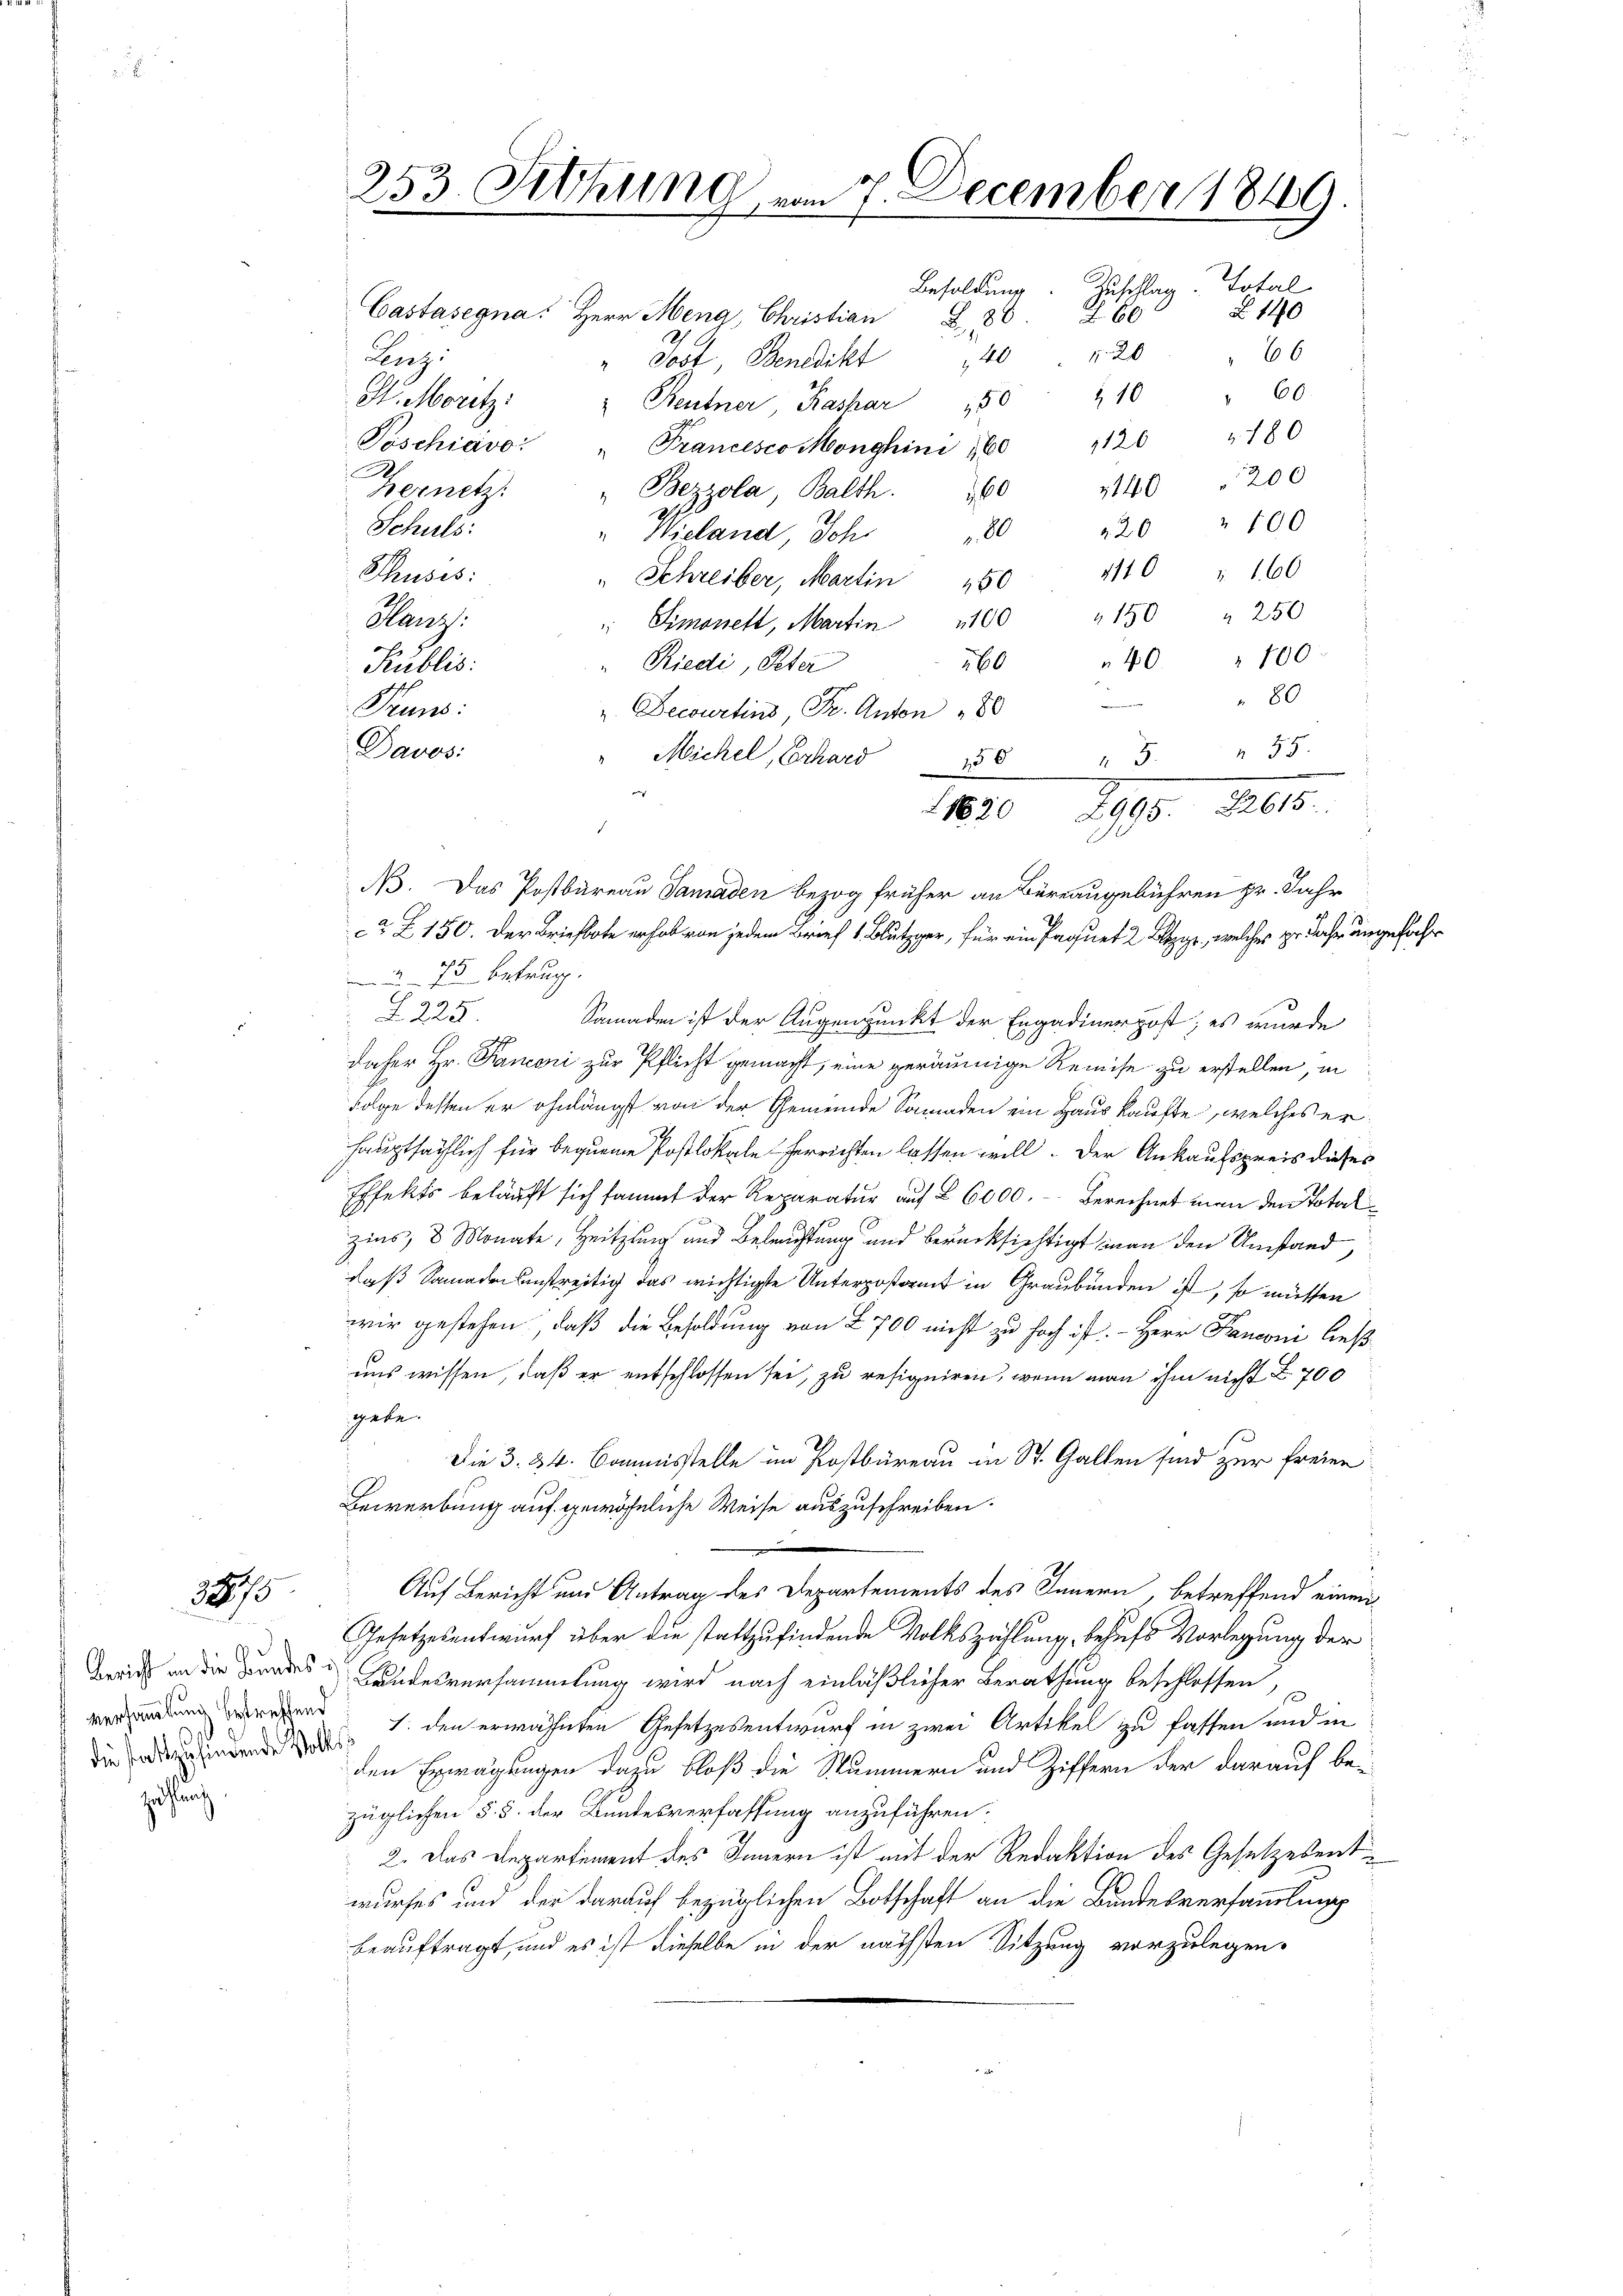
zuslang

3075

die stattzufindende Volks¬

253. Fettung, vom 7. December 1849.
Besoldung. Zuschlag Total
Z 140
Castasegna, Herr Meng, Christian Z. 80. 260

" Jost, Benedikt
Kentner Rashar
.
" Francesco Monghini 160
i
"Bezzola, Balth. 160
". Wieland, Joh. 120
1110 " 160
Chuses:
" Schreiber, Martin 150
Hanz:
 Simonett, Martin 100 " 150 " 250
40 " 100
"Riedi, Peter
560
Publis:
80
Pruns:
". Decurtins, Dr. Anton 180
Davos:
n 55.
Michel, Erhard 158
5.
273 betrug.
5
A. 225.
Somaden ist der Augenpunkt der Engadiner post, es wurde
daher Hr. Kanoni zur Pflicht gemacht, eine geräumige Reise zu erstellen, in
Folge dessen er ohnlängst von der Gemeinde Sonnaden ein Hauskaufte, welches erhauptsächlich für bequeme Postlokale herrichten lassen will. Der Ankaufspreis dieses
Effekts beläuft sich sammt der Reparatur auf § 6000. Berechnet man den Totalzins, 3 Monate, Heitzung und Beleichtung und berücksichtigt man den Umstand,
daß Samaden Anstreitig das wichtigte Unterpostamt in Graubünden ist, so müssen
wir gestehen, daß die Besoldung von 700 nicht zu hoch ist. - Herr Panconi ließ
uns wissen, daß er entschlossen sei, zu resigniren, wenn man ihm nicht Z. 700
gate.
Die 3. 24. Commisstelle im Postbüreau in St. Gallen sind zur freien
Bewerbung auf gewöhnliche Weise auszuschreiben.
 No. 4.
Auf Bericht und Antrag des Departements des Innern, betreffend einen
Gesetzesentwurf über die stattzufindende Volkszählung, behufs Vorlegung der
Breits an die Brandes Landesversammlung wird nach einläßlicher Berathung beschlossen
 1. den erwähnten Gesetzesentwurf in zwei Artikel zu fassen und in
den Erwägungen dazu bloß die Stummern und Ziffern der darauf bei
züglichen §. 5. der Bundesverfassung anzuführen.
 2. Das Departement des Innern ist mit der Redaktion des Gesetzesentwurfes und der darauf bezüglichen Botschaft an die Bundesversammlung
beauftragt, und es ist dieselbe in der nächsten Sitzung vorzulegen.

Lerz.
St. Moritz
Poschiavo:
.
hernetz
Schuls:

66
140 f 20
2 10 " 60
150
1120 180
140200
220 " 100

e
1820 1890. 1810.
6
B. Das Postbureau Sanaden bezog früher an Büreaugebühren pr. Jahr
CZ. Z. 150. Der Briefbote erhob von jedem Brief 1. Blutzger, für ein Paquet 2 Keyr, welches zu Jahr angefahr